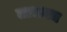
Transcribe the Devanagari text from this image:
तालवद्य